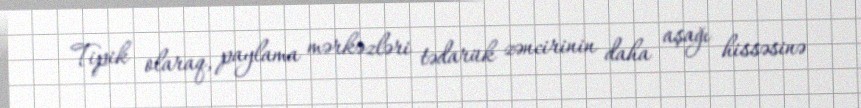
Tipik olaraq, paylama mərkəzləri tədarük zəncirinin daha aşağı hissəsinə